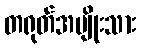
တရုတ်အမျိုးသား